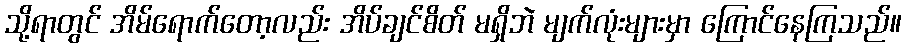
သို့ရာတွင် အိမ်ရောက်တော့လည်း အိပ်ချင်စိတ် မရှိဘဲ မျက်လုံးများမှာ ကြောင်နေကြသည်။